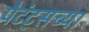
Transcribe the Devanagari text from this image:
पेटंट्सच्या